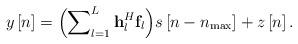
LaTeX: \begin{align*} y\left[ n \right] = \Big( {\sum\nolimits_{l = 1}^L {{\bf{h}}_l^H{{\bf{f}}_l}} } \Big)s\left[ {n - {n_{\max }}} \right] + z\left[ n \right]. \end{align*}